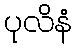
ပုလိနံ